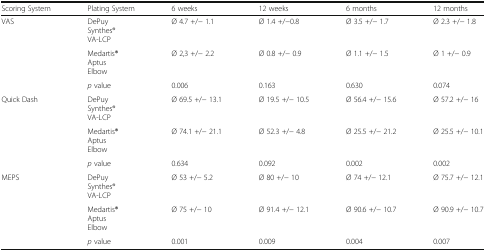
<table><thead><tr><td><b>Scoring System</b></td><td><b>Plating System</b></td><td><b>6 weeks</b></td><td><b>12 weeks</b></td><td><b>6 months</b></td><td><b>12 months</b></td></tr></thead><tbody><tr><td>VAS</td><td>DePuySynthes®VA-LCP</td><td>Ø 4.7 +/− 1.1</td><td>Ø 1.4 +/−0.8</td><td>Ø 3.5 +/− 1.7</td><td>Ø 2.3 +/− 1.8</td></tr><tr><td></td><td>Medartis<b>®</b>AptusElbow</td><td>Ø 2,3 +/− 2.2</td><td>Ø 0.8 +/− 0.9</td><td>Ø 1.1 +/− 1.5</td><td>Ø 1 +/− 0.9</td></tr><tr><td></td><td><i>p</i> value</td><td>0.006</td><td>0.163</td><td>0.630</td><td>0.074</td></tr><tr><td>Quick Dash</td><td>DePuySynthes®VA-LCP</td><td>Ø 69.5 +/− 13.1</td><td>Ø 19.5 +/− 10.5</td><td>Ø 56.4 +/− 15.6</td><td>Ø 57.2 +/− 16</td></tr><tr><td></td><td>Medartis<b>®</b>AptusElbow</td><td>Ø 74.1 +/− 21.1</td><td>Ø 52.3 +/− 4.8</td><td>Ø 25.5 +/− 21.2</td><td>Ø 25.5 +/− 10.1</td></tr><tr><td></td><td><i>p</i> value</td><td>0.634</td><td>0.092</td><td>0.002</td><td>0.002</td></tr><tr><td>MEPS</td><td>DePuySynthes®VA-LCP</td><td>Ø 53 +/− 5.2</td><td>Ø 80 +/− 10</td><td>Ø 74 +/− 12.1</td><td>Ø 75.7 +/− 12.1</td></tr><tr><td></td><td>Medartis<b>®</b>AptusElbow</td><td>Ø 75 +/− 10</td><td>Ø 91.4 +/− 12.1</td><td>Ø 90.6 +/− 10.7</td><td>Ø 90.9 +/− 10.7</td></tr><tr><td></td><td><i>p</i> value</td><td>0.001</td><td>0.009</td><td>0.004</td><td>0.007</td></tr></tbody></table>